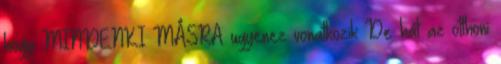
hogy MINDENKI MÅSRA ugyenez vonatkozik De hát az otthoni